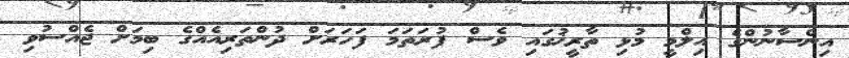
އިންސާނުންގެ އިލްމީ މުޅި ތާރީޚުގައި ވެސް ފުރަތަމަ ފަހަރަށް ދުންތަރިއެއްގެ ބިމަށް ޖެއްސުވި